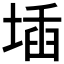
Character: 𡍪